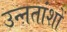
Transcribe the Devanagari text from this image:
उन्ऩतांशों